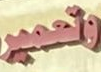
وتعمير